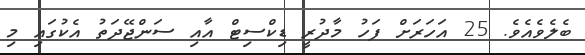
ބެލެވެއެވެ. 25 އަހަރަށް ފަހު މާދުރީ ޑިކްސިޓް އާއި ސަންޖޭދަތު އެކުގައި މި